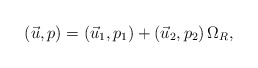
\begin{align*}(\vec u,p)=(\vec u_1,p_1)+(\vec u_2,p_2) \, \Omega_R,\end{align*}